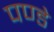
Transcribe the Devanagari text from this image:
पण्डे